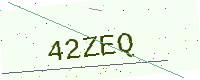
Text: 42ZEQ